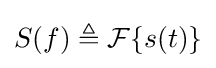
S(f)\triangleq {\mathcal {F}}\{s(t)\}